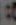
: